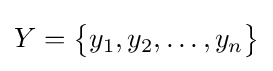
Y={\big \{}y_{1},y_{2},\ldots ,y_{n}{\big \}}